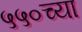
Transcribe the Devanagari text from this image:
५५०च्या